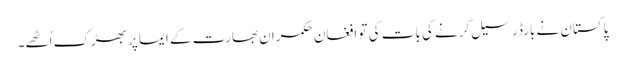
پاکستان نے بارڈر سیل کرنے کی بات کی تو افغان حکمران بھارت کے ایما پر بھڑک اُٹھے۔